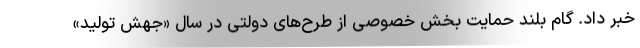
خبر داد. گام بلند حمایت بخش خصوصی از طرح‌های دولتی در سال «جهش تولید»